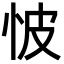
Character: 怶